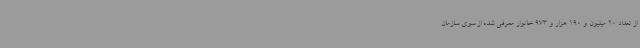
از تعداد 20 میلیون و 190 هزار و 973 خانوار معرفی شده از سوی سازمان